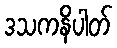
ဒသကနိပါတ်